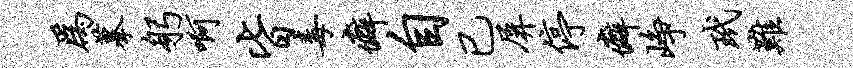
为摹躬啊皆毒癖自已屏停癖峥玳难